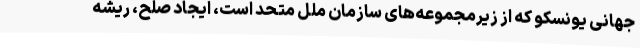
جهانی یونسکو که از زیرمجموعه‌های سازمان ملل متحد است، ایجاد صلح، ریشه